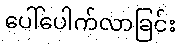
ပေါ်ပေါက်လာခြင်း